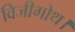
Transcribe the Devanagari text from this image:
विजीगोथ।